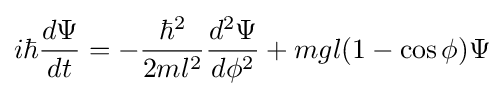
i\hbar {\frac {d\Psi }{dt}}=-{\frac {\hbar ^{2}}{2ml^{2}}}{\frac {d^{2}\Psi }{d\phi ^{2}}}+mgl(1-\cos \phi )\Psi